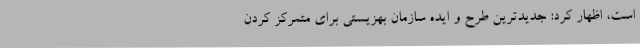
است، اظهار کرد: جدیدترین طرح و ایده سازمان بهزیستی برای متمرکز کردن